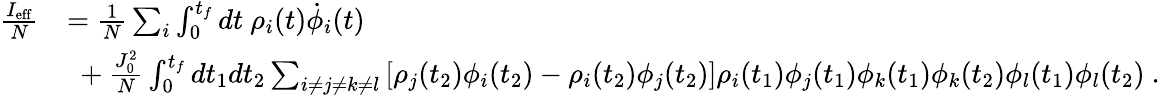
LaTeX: \begin{array}{rl}{\frac{I_{\mathrm{eff}}}{N}}&{=\frac{1}{N}\sum_{i}\int_{0}^{t_{f}}dt\ \rho_{i}(t)\dot{\phi}_{i}(t)}\\ &{\ +\frac{J_{0}^{2}}{N}\int_{0}^{t_{f}}dt_{1}dt_{2}\sum_{i\neq j\neq k\neq l}\left[\rho_{j}(t_{2})\phi_{i}(t_{2})-\rho_{i}(t_{2})\phi_{j}(t_{2})\right]\rho_{i}(t_{1})\phi_{j}(t_{1})\phi_{k}(t_{1})\phi_{k}(t_{2})\phi_{l}(t_{1})\phi_{l}(t_{2})~.}\end{array}